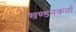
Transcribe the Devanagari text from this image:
खण्डनकर्ता